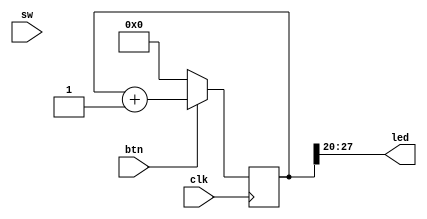
module top(input clk, btn, input [3:0] sw, output [7:0] led);

reg [27:0] ctr;

always @(posedge clk)
	if (!btn)
		ctr <= 0;
	else 
		ctr <= ctr + 1'b1;

assign led = ctr[27:20];

endmodule